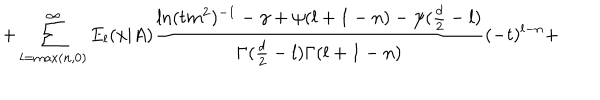
+ \sum _ { l = \mathrm { m a x } ( n , 0 ) } ^ { \infty } E _ { l } ( x | A ) \frac { \ln ( t m ^ { 2 } ) ^ { - 1 } - \gamma + \psi ( l + 1 - n ) - \psi ( \frac { d } { 2 } - l ) } { \Gamma ( \frac { d } { 2 } - l ) \Gamma ( l + 1 - n ) } ( - t ) ^ { l - n } +